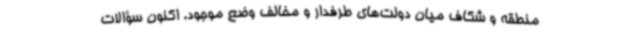
منطقه و شکاف میان دولت‌های طرفدار و مخالف وضع موجود. اکنون سؤالات